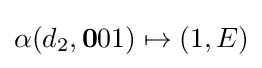
\alpha (d_{2},\mathbf {0} 01)\mapsto (1,E)